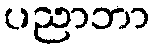
ပညာဘာ